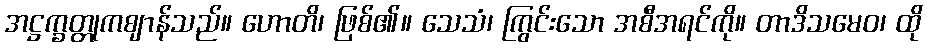
အဋ္ဌက္ခတ္တုကဈာန်သည်။ ဟောတိ၊ ဖြစ်၏။ သေသံ၊ ကြွင်းသော အစီအရင်ကို။ တာဒိသမေဝ၊ ထို